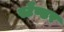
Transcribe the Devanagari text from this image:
स्टैण्डर